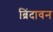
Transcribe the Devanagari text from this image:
ब्रिंदावन